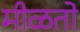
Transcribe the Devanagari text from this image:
मीळतो